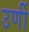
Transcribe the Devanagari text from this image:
उर्णी